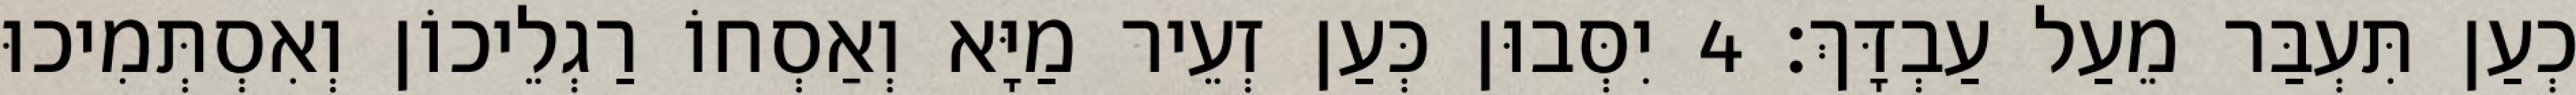
כְעַן תִּעְבַּר מֵעַל עַבְדָּךְ׃ 4 יִסְּבוּן כְּעַן זְעֵיר מַיָּא וְאַסְחוֹ רַגְלֵיכוֹן וְאִסְתְּמִיכוּ